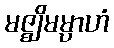
မဇ္ဈိမမ္ပာဟံ